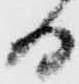
日